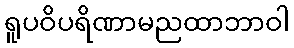
ရူပဝိပရိဏာမညထာဘာဝါ